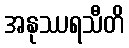
အနုဿရသီတိ